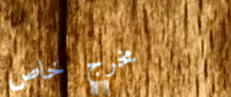
مخرج خاص